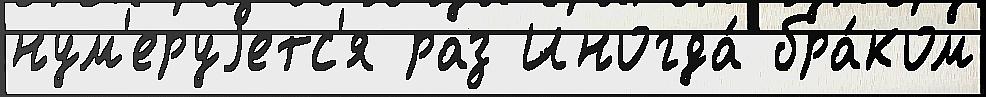
нум'еруjетс'я раз Иногда́ бра́ком